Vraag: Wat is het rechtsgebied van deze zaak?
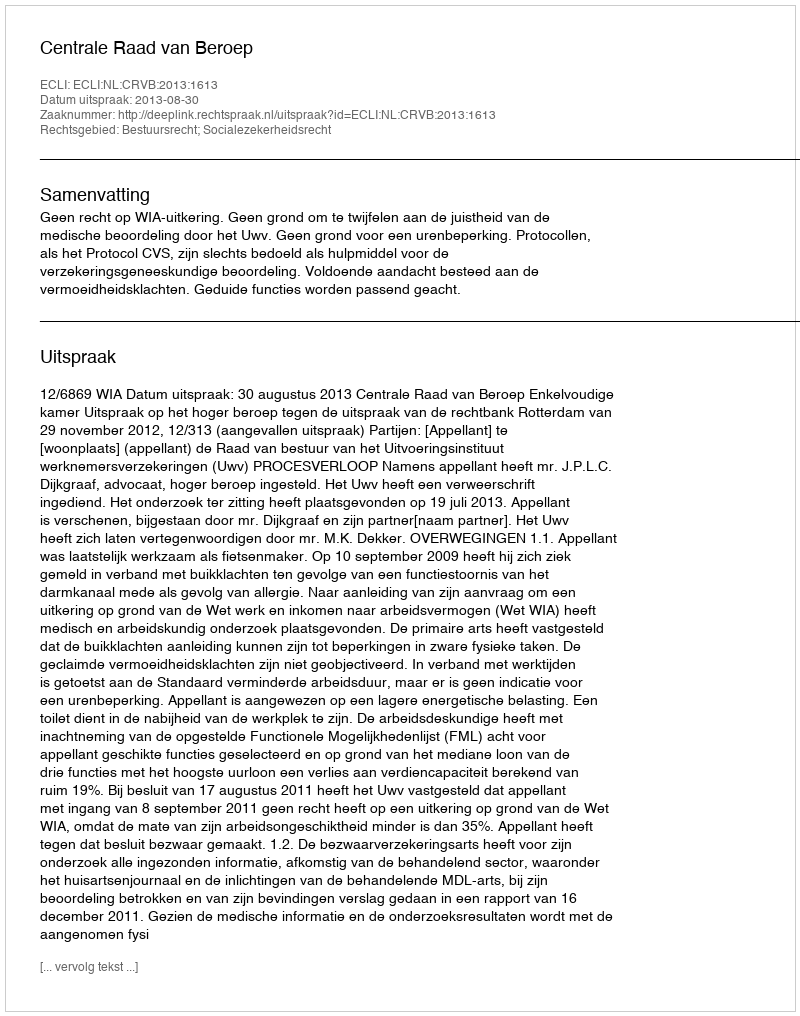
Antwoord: Bestuursrecht; Socialezekerheidsrecht